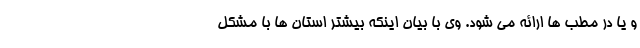
و یا در مطب ها ارائه می شود. وی با بیان اینکه بیشتر استان ها با مشکل